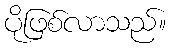
ပိုဖြစ်လာသည်။